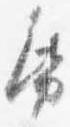
紙